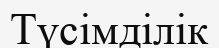
Түсімділік